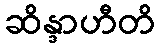
ဆိန္ဒာဟီတိ